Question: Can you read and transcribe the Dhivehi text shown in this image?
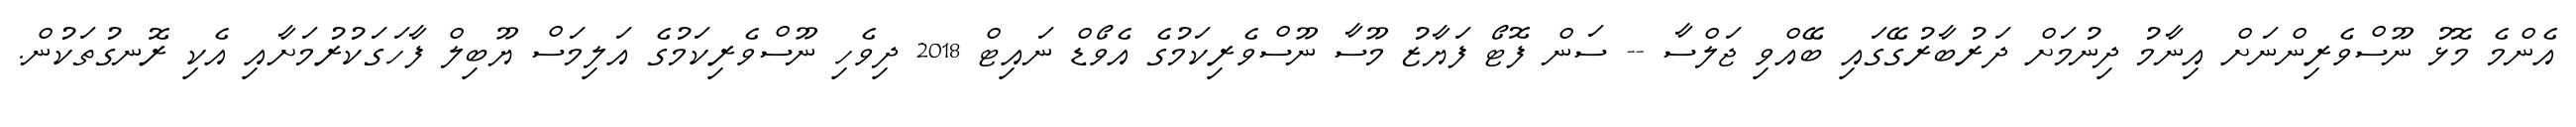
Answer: އެންމެ މޮޅު ނޫސްވެރިންނަށް އިނާމު ދިނުމަށް ދަރުބާރުގޭގައި ބޭއްވި ޖަލްސާ -- ސަން ފޮޓޯ ފަޔާޒު މޫސާ ނޫސްވެރިކަމުގެ އެވޯޑް ނައިޓް 2018 ދިވެހި ނޫސްވެރިކަމުގެ އަލިމަސް ޔޫބިލް ފާހަގަކުރުމަށާއި އެކި ރޮނގުތަކުން.